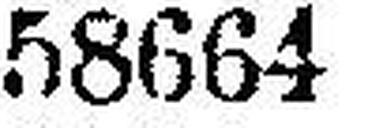
58664